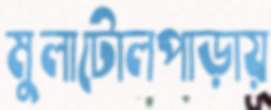
মুলাটোলপাড়ায়